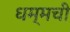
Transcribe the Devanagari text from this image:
धम्मची